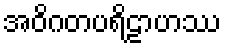
အဝိဂတပရိဠာဟဿ